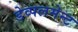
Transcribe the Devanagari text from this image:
डेव्पलमेन्ट